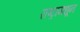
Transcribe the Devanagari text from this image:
राष्ट्रामधून